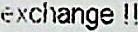
EXCHANGE !!